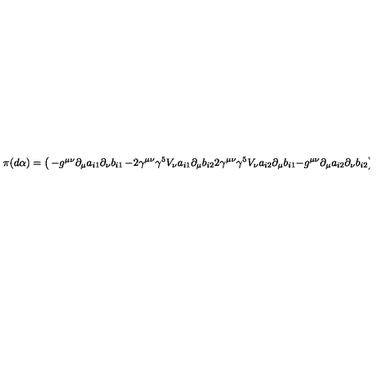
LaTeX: \pi ( d \alpha ) = \left( \begin{matrix} { - g ^ { \mu \nu } \partial _ { \mu } a _ { i 1 } \partial _ { \nu } b _ { i 1 } } & { - 2 \gamma ^ { \mu \nu } \gamma ^ { 5 } V _ { \nu } a _ { i 1 } \partial _ { \mu } b _ { i 2 } } \\ { 2 \gamma ^ { \mu \nu } \gamma ^ { 5 } V _ { \nu } a _ { i 2 } \partial _ { \mu } b _ { i 1 } } & { - g ^ { \mu \nu } \partial _ { \mu } a _ { i 2 } \partial _ { \nu } b _ { i 2 } } \\ \end{matrix} \right)